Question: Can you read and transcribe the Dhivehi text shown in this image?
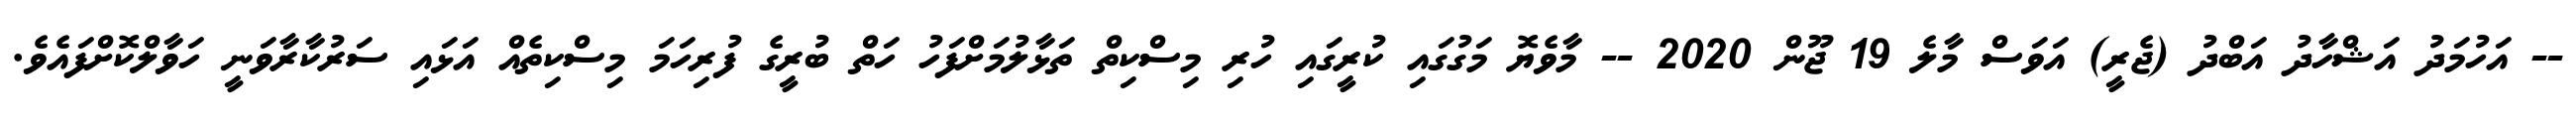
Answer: -- އަހުމަދު އަޝްހާދު އަބްދު (ޖެރީ) އަވަސް މާލެ 19 ޖޫން 2020 -- މާވެޔޮ މަގުގައި ކުރީގައި ހުރި މިސްކިތް ތަޅާލުމަށްފަހު ހަތް ބުރީގެ ފުރިހަމަ މިސްކިތެއް އަޅައި ސަރުކާރާވަނީ ހަވާލްކޮށްފައެވެ.